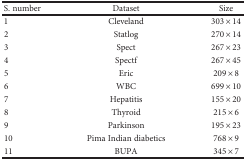
<table><thead><tr><td><b>S. number</b></td><td><b>Dataset</b></td><td><b>Size</b></td></tr></thead><tbody><tr><td>1</td><td>Cleveland</td><td>303 × 14</td></tr><tr><td>2</td><td>Statlog</td><td>270 × 14</td></tr><tr><td>3</td><td>Spect</td><td>267 × 23</td></tr><tr><td>4</td><td>Spectf</td><td>267 × 45</td></tr><tr><td>5</td><td>Eric</td><td>209 × 8</td></tr><tr><td>6</td><td>WBC</td><td>699 × 10</td></tr><tr><td>7</td><td>Hepatitis</td><td>155 × 20</td></tr><tr><td>8</td><td>Thyroid</td><td>215 × 6</td></tr><tr><td>9</td><td>Parkinson</td><td>195 × 23</td></tr><tr><td>10</td><td>Pima Indian diabetics</td><td>768 × 9</td></tr><tr><td>11</td><td>BUPA</td><td>345 × 7</td></tr></tbody></table>